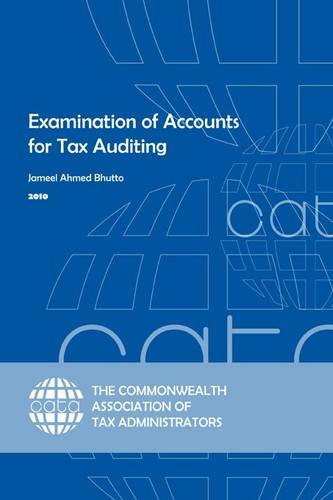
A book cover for Examination of Accounts for Tax Auditing; Jameel Ahmed Bhutto; Law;